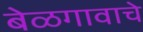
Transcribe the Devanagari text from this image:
बेळगावाचे